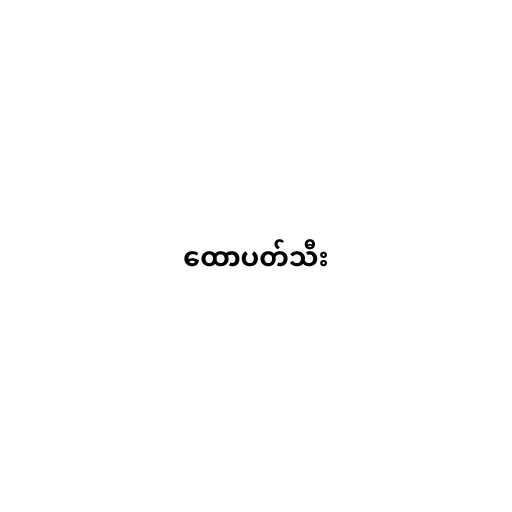
ထောပတ်သီး